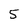
Character: 5